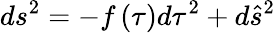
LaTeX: ds^{2}=-f\left(\tau\right)d\tau^{2}+d\hat{s}^{2}